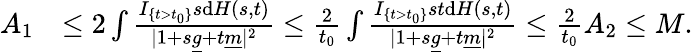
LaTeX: \begin{array}{rl}{A_{1}}&{\le 2\int\frac{I_{\{ t>t_{0}\} }s\mathrm{d}H(s,t)}{\vert 1+s\underline{{g}}+t\underline{{m}}\vert^{2}}\le\frac 2{t_{0}}\int\frac{I_{\{ t>t_{0}\} }st\mathrm{d}H(s,t)}{\vert 1+s\underline{{g}}+t\underline{{m}}\vert^{2}}\le\frac 2{t_{0}}A_{2}\le M.}\end{array}